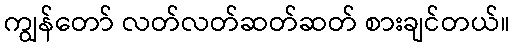
ကျွန်တော် လတ်လတ်ဆတ်ဆတ် စားချင်တယ်။